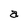
Character: a